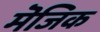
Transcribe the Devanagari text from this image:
मॆजिक